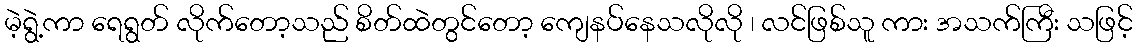
မဲ့ရွဲ့ကာ ရေရွတ် လိုက်တော့သည် စိတ်ထဲတွင်တော့ ကျေနပ်နေသလိုလို ၊ လင်ဖြစ်သူ ကား အသက်ကြီး သဖြင့်